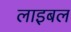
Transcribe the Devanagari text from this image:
लाइबल